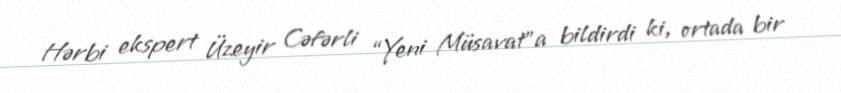
Hərbi ekspert Üzeyir Cəfərli “Yeni Müsavat”a bildirdi ki, ortada bir